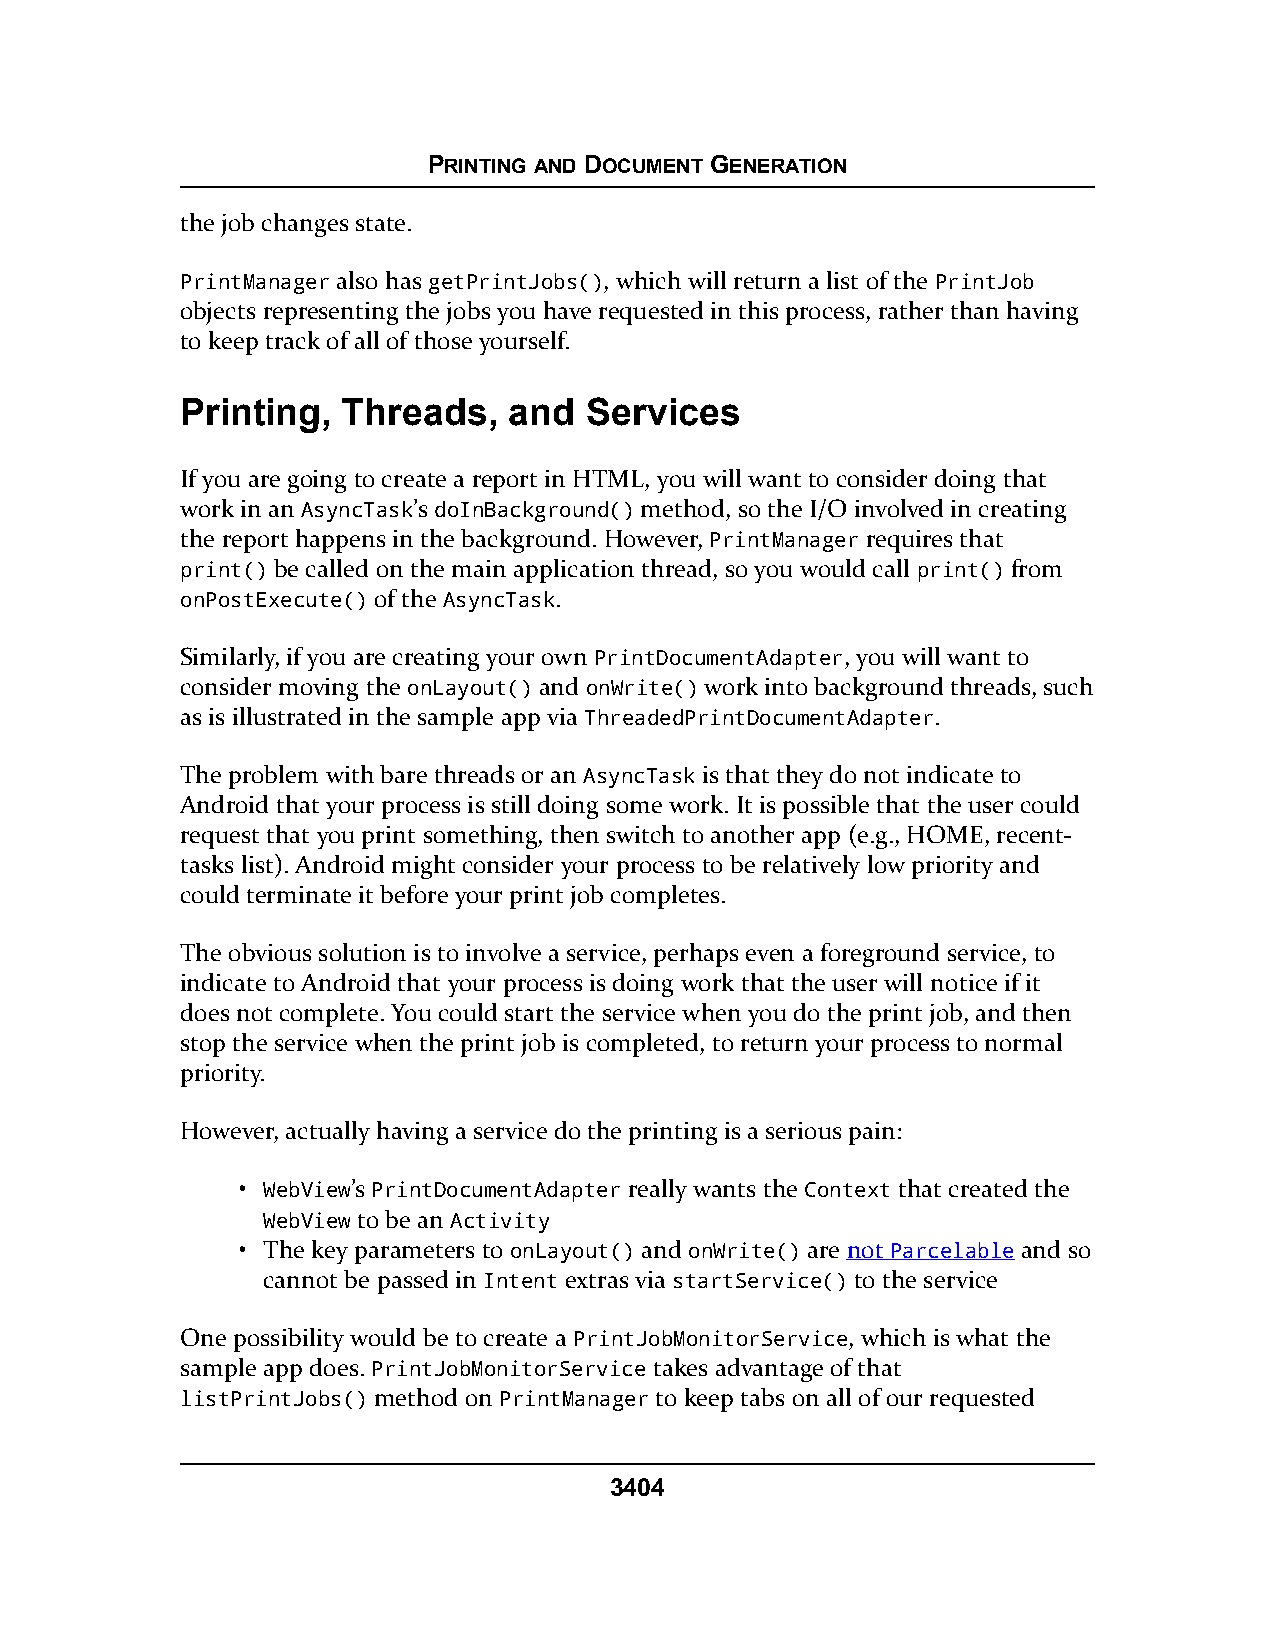
PRINTING AND DOCUMENT GENERATION
 the job changes state.
 PrintManager also has getPrintJobs(), which will return a list of the PrintJob
 objects representing the jobs you have requested in this process, rather than having
 to keep track of all of those yourself.
 Printing,  Threads,   and  Services
 If you are going to create a report in HTML, you will want to consider doing that
 work in an AsyncTask’s doInBackground() method, so the I/O involved in creating
 the report happens in the background. However, PrintManager requires that
 print() be called on the main application thread, so you would call print() from
 onPostExecute() of the AsyncTask.
 Similarly, if you are creating your own PrintDocumentAdapter, you will want to
 consider moving the onLayout() and onWrite() work into background threads, such
 as is illustrated in the sample app via ThreadedPrintDocumentAdapter.
 The problem with bare threads or an AsyncTask is that they do not indicate to
 Android that your process is still doing some work. It is possible that the user could
 request that you print something, then switch to another app (e.g., HOME, recent-
 tasks list). Android might consider your process to be relatively low priority and
 could terminate it before your print job completes.
 The obvious solution is to involve a service, perhaps even a foreground service, to
 indicate to Android that your process is doing work that the user will notice if it
 does not complete. You could start the service when you do the print job, and then
 stop the service when the print job is completed, to return your process to normal
 priority.
 However, actually having a service do the printing is a serious pain:
 • WebView’s PrintDocumentAdapter really wants the Context that created the
 WebView to be an Activity
 • The key parameters to onLayout() and onWrite() are not Parcelable and so
 cannot be passed in Intent extras via startService() to the service
 One possibility would be to create a PrintJobMonitorService, which is what the
 sample app does. PrintJobMonitorService takes advantage of that
 listPrintJobs() method on PrintManager to keep tabs on all of our requested
 3404